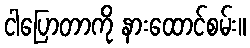
ငါပြောတာကို နားထောင်စမ်း။